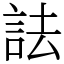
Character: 詓